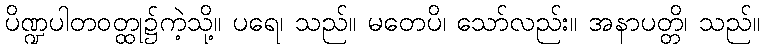
ပိဏ္ဍပါတဝတ္ထု၌ကဲ့သို့။ ပရေ၊ သည်။ မတေပိ၊ သော်လည်း။ အနာပတ္တိ၊ သည်။